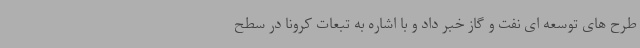
طرح های توسعه ای نفت و گاز خبر داد و با اشاره به تبعات کرونا در سطح